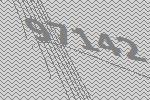
97142